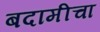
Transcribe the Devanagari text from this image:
बदामीचा